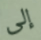
إلى